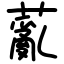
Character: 薍